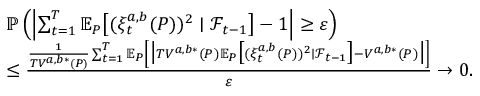
\begin{array} { r l } & { \mathbb { P } \left( \left| \sum _ { t = 1 } ^ { T } \mathbb { E } _ { P } \big [ ( \xi _ { t } ^ { a , b } ( P ) ) ^ { 2 } \mid \mathcal { F } _ { t - 1 } \big ] - 1 \right| \geq \varepsilon \right) } \\ & { \leq \frac { \frac { 1 } { T V ^ { a , b * } ( P ) } \sum _ { t = 1 } ^ { T } \mathbb { E } _ { P } \left[ \big | T V ^ { a , b * } ( P ) \mathbb { E } _ { P } \big [ ( \xi _ { t } ^ { a , b } ( P ) ) ^ { 2 } \mid \mathcal { F } _ { t - 1 } \big ] - V ^ { a , b * } ( P ) \big | \right] } { \varepsilon } \to 0 . } \end{array}